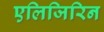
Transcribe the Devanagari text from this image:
एलिजिरिन